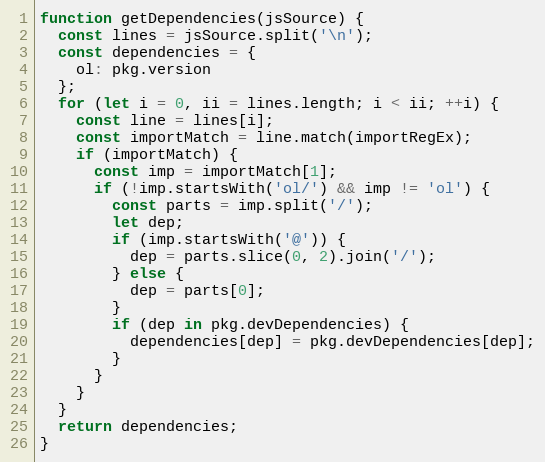
Language: JavaScript
function getDependencies(jsSource) {
  const lines = jsSource.split('\n');
  const dependencies = {
    ol: pkg.version
  };
  for (let i = 0, ii = lines.length; i < ii; ++i) {
    const line = lines[i];
    const importMatch = line.match(importRegEx);
    if (importMatch) {
      const imp = importMatch[1];
      if (!imp.startsWith('ol/') && imp != 'ol') {
        const parts = imp.split('/');
        let dep;
        if (imp.startsWith('@')) {
          dep = parts.slice(0, 2).join('/');
        } else {
          dep = parts[0];
        }
        if (dep in pkg.devDependencies) {
          dependencies[dep] = pkg.devDependencies[dep];
        }
      }
    }
  }
  return dependencies;
}